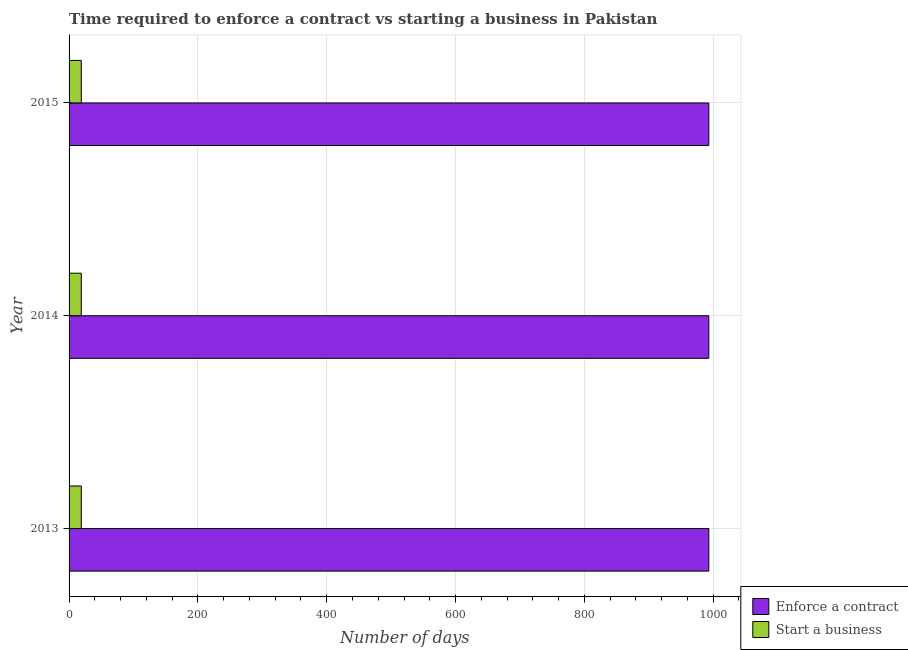
| Year | Enforce a contract | Start a business |
 | --- | --- | --- |
 | 2013 | 993 | 19 |
 | 2014 | 993 | 19 |
 | 2015 | 993 | 19 |